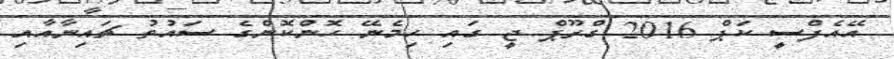
އޭއެފްސީ ކަޕް 2016 ގްރޫޕް ޖީ ގައި ހިމެނޭ ހޮންކޮންގެ ސައުތު ޗައިނާއާއި